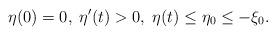
LaTeX: \begin{align*}\eta(0)=0, \; \eta'(t)> 0,\; \eta(t)\leq \eta_0\leq -\xi_0.\end{align*}